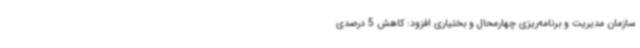
سازمان مدیریت و برنامه‌ریزی چهارمحال و بختیاری افزود: کاهش 5 درصدی